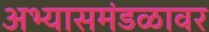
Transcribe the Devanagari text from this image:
अभ्यासमंडळावर